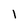
Character: 1